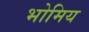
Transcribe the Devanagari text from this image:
भोमिय